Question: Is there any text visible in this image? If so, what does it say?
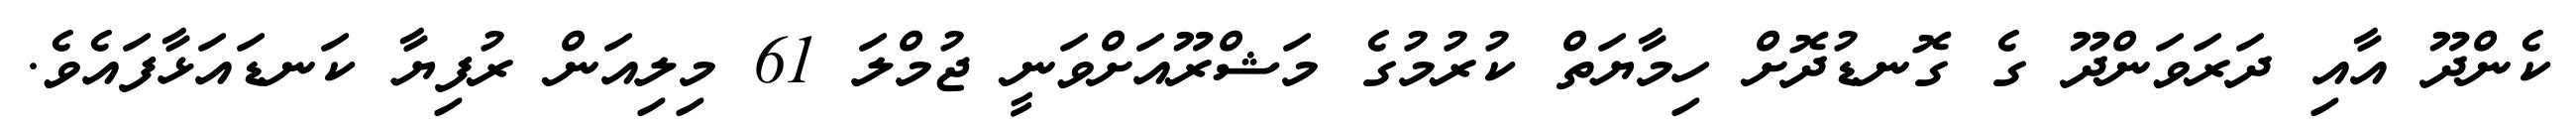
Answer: ކެންދޫ އާއި ދަރަވަންދޫ ގެ ގޮނޑުދޮށް ހިމާޔަތް ކުރުމުގެ މަޝްރޫއަށްވަނީ ޖުމްލަ 61 މިލިއަން ރުފިޔާ ކަނޑައަޅާފައެވެ.